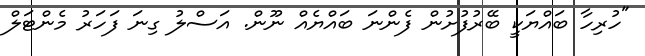
"ހުރިހާ ބައްޔަކީ ބޭރުފުށުން ފެންނަ ބައްޔެއް ނޫން. އަސްލު ގިނަ ފަހަރު މެންޓަލް